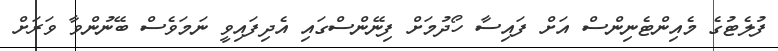
ފުލެޓުގެ މެއިންޓެނިންސް އަށް ފައިސާ ހޯދުމަށް ފިނޭންސްގައި އެދިފައިވީ ނަމަވެސް ބޭނުންވާ ވަރަށް